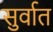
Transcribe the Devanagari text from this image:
सुर्वात